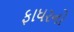
ફાધરનો